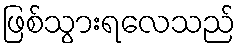
ဖြစ်သွားရလေသည်